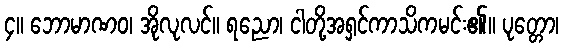
၄။ ဘောမာဏဝ၊ အိုလုလင်။ ရညော၊ ငါတို့အရှင်ကာသိကမင်း၏။ ပုတ္တော၊